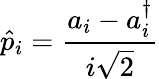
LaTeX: \hat{p}_{i}=\frac{a_{i}-a_{i}^{\dagger}}{i\sqrt{2}}